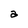
Character: a